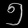
Digit: ၅